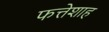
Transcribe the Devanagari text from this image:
फत्तेशाह